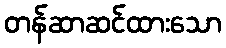
တန်ဆာဆင်ထားသော